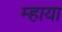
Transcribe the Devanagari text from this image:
म्हाया